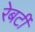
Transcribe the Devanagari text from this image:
रेबर्टी